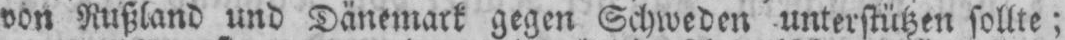
von Rußland und Dänemark gegen Schweden unterstützen sollte;